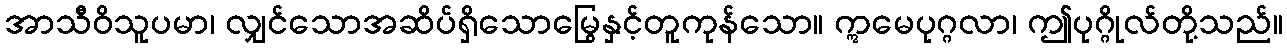
အာသီဝိသူပမာ၊ လျှင်သောအဆိပ်ရှိသောမြွေနှင့်တူကုန်သော။ ဣမေပုဂ္ဂလာ၊ ဤပုဂ္ဂိုလ်တို့သည်။